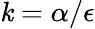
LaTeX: \mathit{k}=\alpha/\epsilon